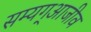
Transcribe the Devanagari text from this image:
सम्यग्आजीव